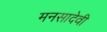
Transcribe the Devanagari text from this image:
मनसादेवी